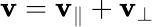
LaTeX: \mathbf{v}=\mathbf{v}_{\parallel}+\mathbf{v}_{\perp}